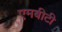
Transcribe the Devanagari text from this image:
एमबीटी